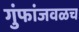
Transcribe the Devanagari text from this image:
गुंफांजवळच